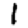
Digit: 1